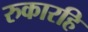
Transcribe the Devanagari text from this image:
रुकारहि